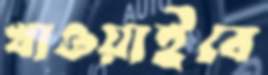
খাওয়াইবে